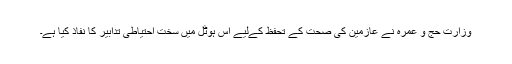
وزارتِ حج و عمرہ نے عازمین کی صحت کے تحفظ کےلیے اس ہوٹل میں سخت احتیاطی تدابیر کا نفاذ کیا ہے۔